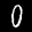
Label: 0